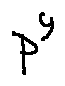
p ^ { y }